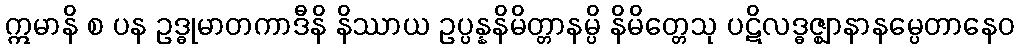
ဣမာနိ စ ပန ဥဒ္ဓုမာတကာဒီနိ နိဿာယ ဥပ္ပန္နနိမိတ္တာနမ္ပိ နိမိတ္တေသု ပဋိလဒ္ဓဇ္ဈာနာနမ္ပေတာနေဝ